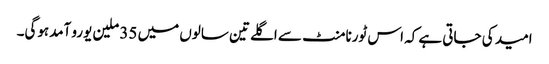
امید کی جاتی ہے کہ اس ٹورنامنٹ سے اگلے تین سالوں میں 35 ملین یورو آمدہوگی۔